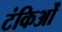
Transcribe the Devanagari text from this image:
टंकिओं